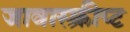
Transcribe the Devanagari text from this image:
जावास्क्रीप्ट